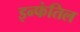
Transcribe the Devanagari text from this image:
इन्फंतिल